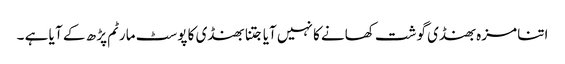
اتنا مزہ بھنڈی گوشت کھانے کا نہیں آیا جتنا بھنڈی کا پوسٹ مارٹم پڑ ھ کے آ یا ہے ۔